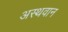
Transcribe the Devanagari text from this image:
अस्थवान